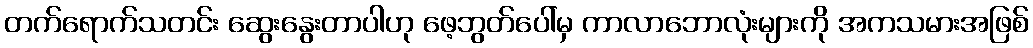
တက်ရောက်သတင်း ဆွေးနွေးတာပါဟု ဖေ့ဘွတ်ပေါ်မှ ကာလာဘောလုံးများကို အကသမားအဖြစ်